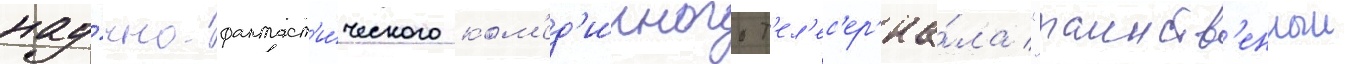
нау́чно-фантаст'и́ческого ком'ед'ииного т'ел'ес'ер'иа́ла "таинств'енныи